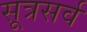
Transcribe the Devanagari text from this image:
सूत्रसर्व